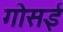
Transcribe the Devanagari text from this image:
गोसई